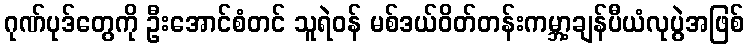
ဂုဏ်ပုဒ်တွေကို ဦးအောင်စံတင် သူရဲဝန် မစ်ဒယ်ဝိတ်တန်းကမ္ဘာ့ချန်ပီယံလုပွဲအဖြစ်